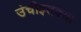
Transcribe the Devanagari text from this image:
उंचीइतक्या